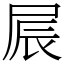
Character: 屒